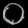
Digit: ၀